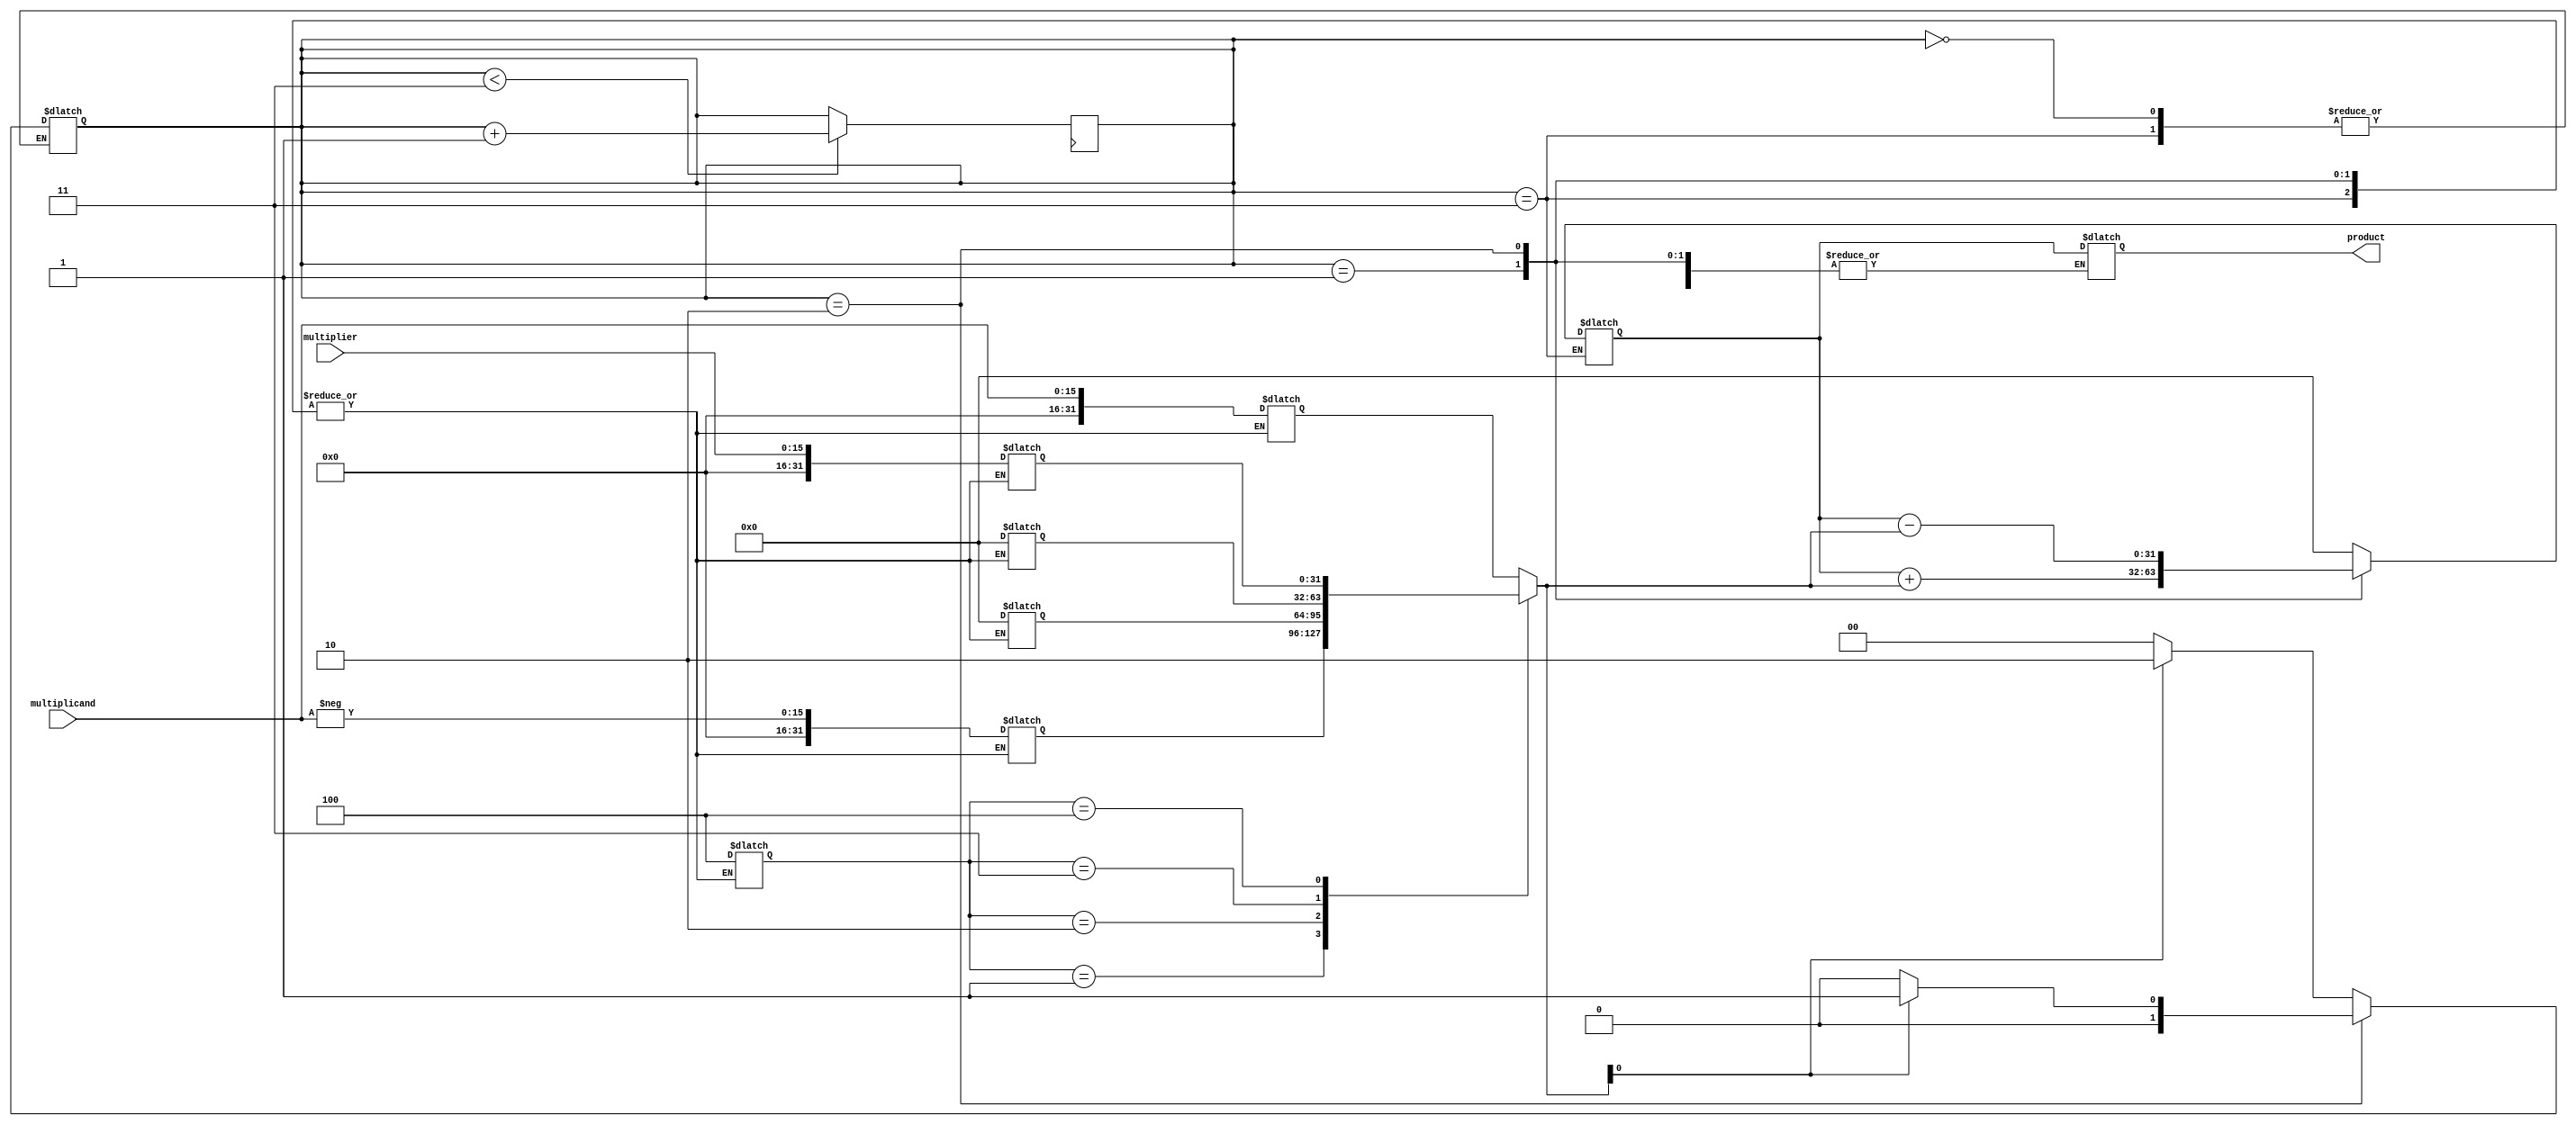
module Booth_Multiplier(
    input [15:0] multiplicand,
    input [15:0] multiplier,
    output reg [31:0] product
);

// Signal declarations
reg [15:0] A;
reg [15:0] S;
reg [4:0] counter;
reg [1:0] state;

// Arithmetic blocks
reg [31:0] partial_product[4:0];
reg [31:0] accumulator;

// Booth Algorithm
always @(*) begin
    case(state)
        2'b00: begin // Initial state
            A = multiplicand;
            S = -multiplicand;
            counter = 4;
            accumulator = 0;
            partial_product[4] = multiplier;
            partial_product[3] = 0;
            partial_product[2] = 0;
            partial_product[1] = S;
            partial_product[0] = A;
        end
        2'b01: begin // Addition/Subtraction
            accumulator = accumulator + partial_product[counter];
            if(partial_product[counter][0] == 0)
                state = 2'b00; // Shift
            else
                state = 2'b10; // Subtraction
        end
        2'b10: begin // Subtraction
            accumulator = accumulator - partial_product[counter];
            if(partial_product[counter][0] == 0)
                state = 2'b00; // Shift
            else
                state = 2'b01; // Addition
        end
        2'b11: begin // Final state
            product = accumulator;
        end
    endcase
end

// State machine
always @(posedge clk) begin
    if(state < 2'b11)
        state = state + 1;
end

endmodule